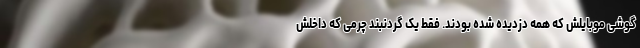
گوشی موبایلش که همه دزدیده شده بودند. فقط یک گردنبند چرمی که داخلش